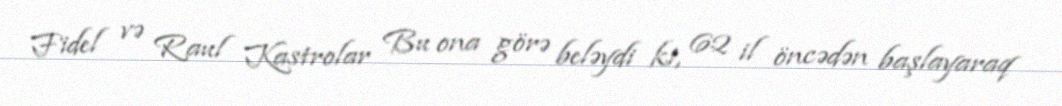
Fidel və Raul Kastrolar Bu ona görə beləydi ki, 62 il öncədən başlayaraq